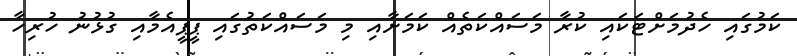
ކަމުގައި ހެދުމަށްޓަކައި ކުރާ މަސައްކަތެއް ކަމަށާއި މި މަސައްކަތުގައި ޕީޕީއެމާއި ގުޅުނު ހުރިހާ